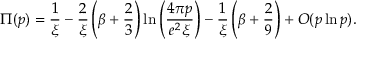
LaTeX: \Pi ( p ) = \frac { 1 } { \xi } - \frac { 2 } { \xi } \left( \beta + \frac { 2 } { 3 } \right) \ln \left( \frac { 4 \pi p } { e ^ { 2 } \xi } \right) - \frac { 1 } { \xi } \left( \beta + \frac { 2 } { 9 } \right) + O ( p \ln p ) .